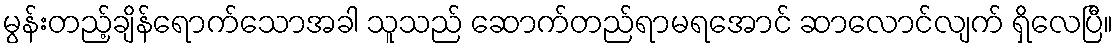
မွန်းတည့်ချိန်ရောက်သောအခါ သူသည် ဆောက်တည်ရာမရအောင် ဆာလောင်လျက် ရှိလေပြီ။